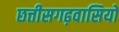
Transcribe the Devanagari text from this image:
छत्तीसगढ़वासियों